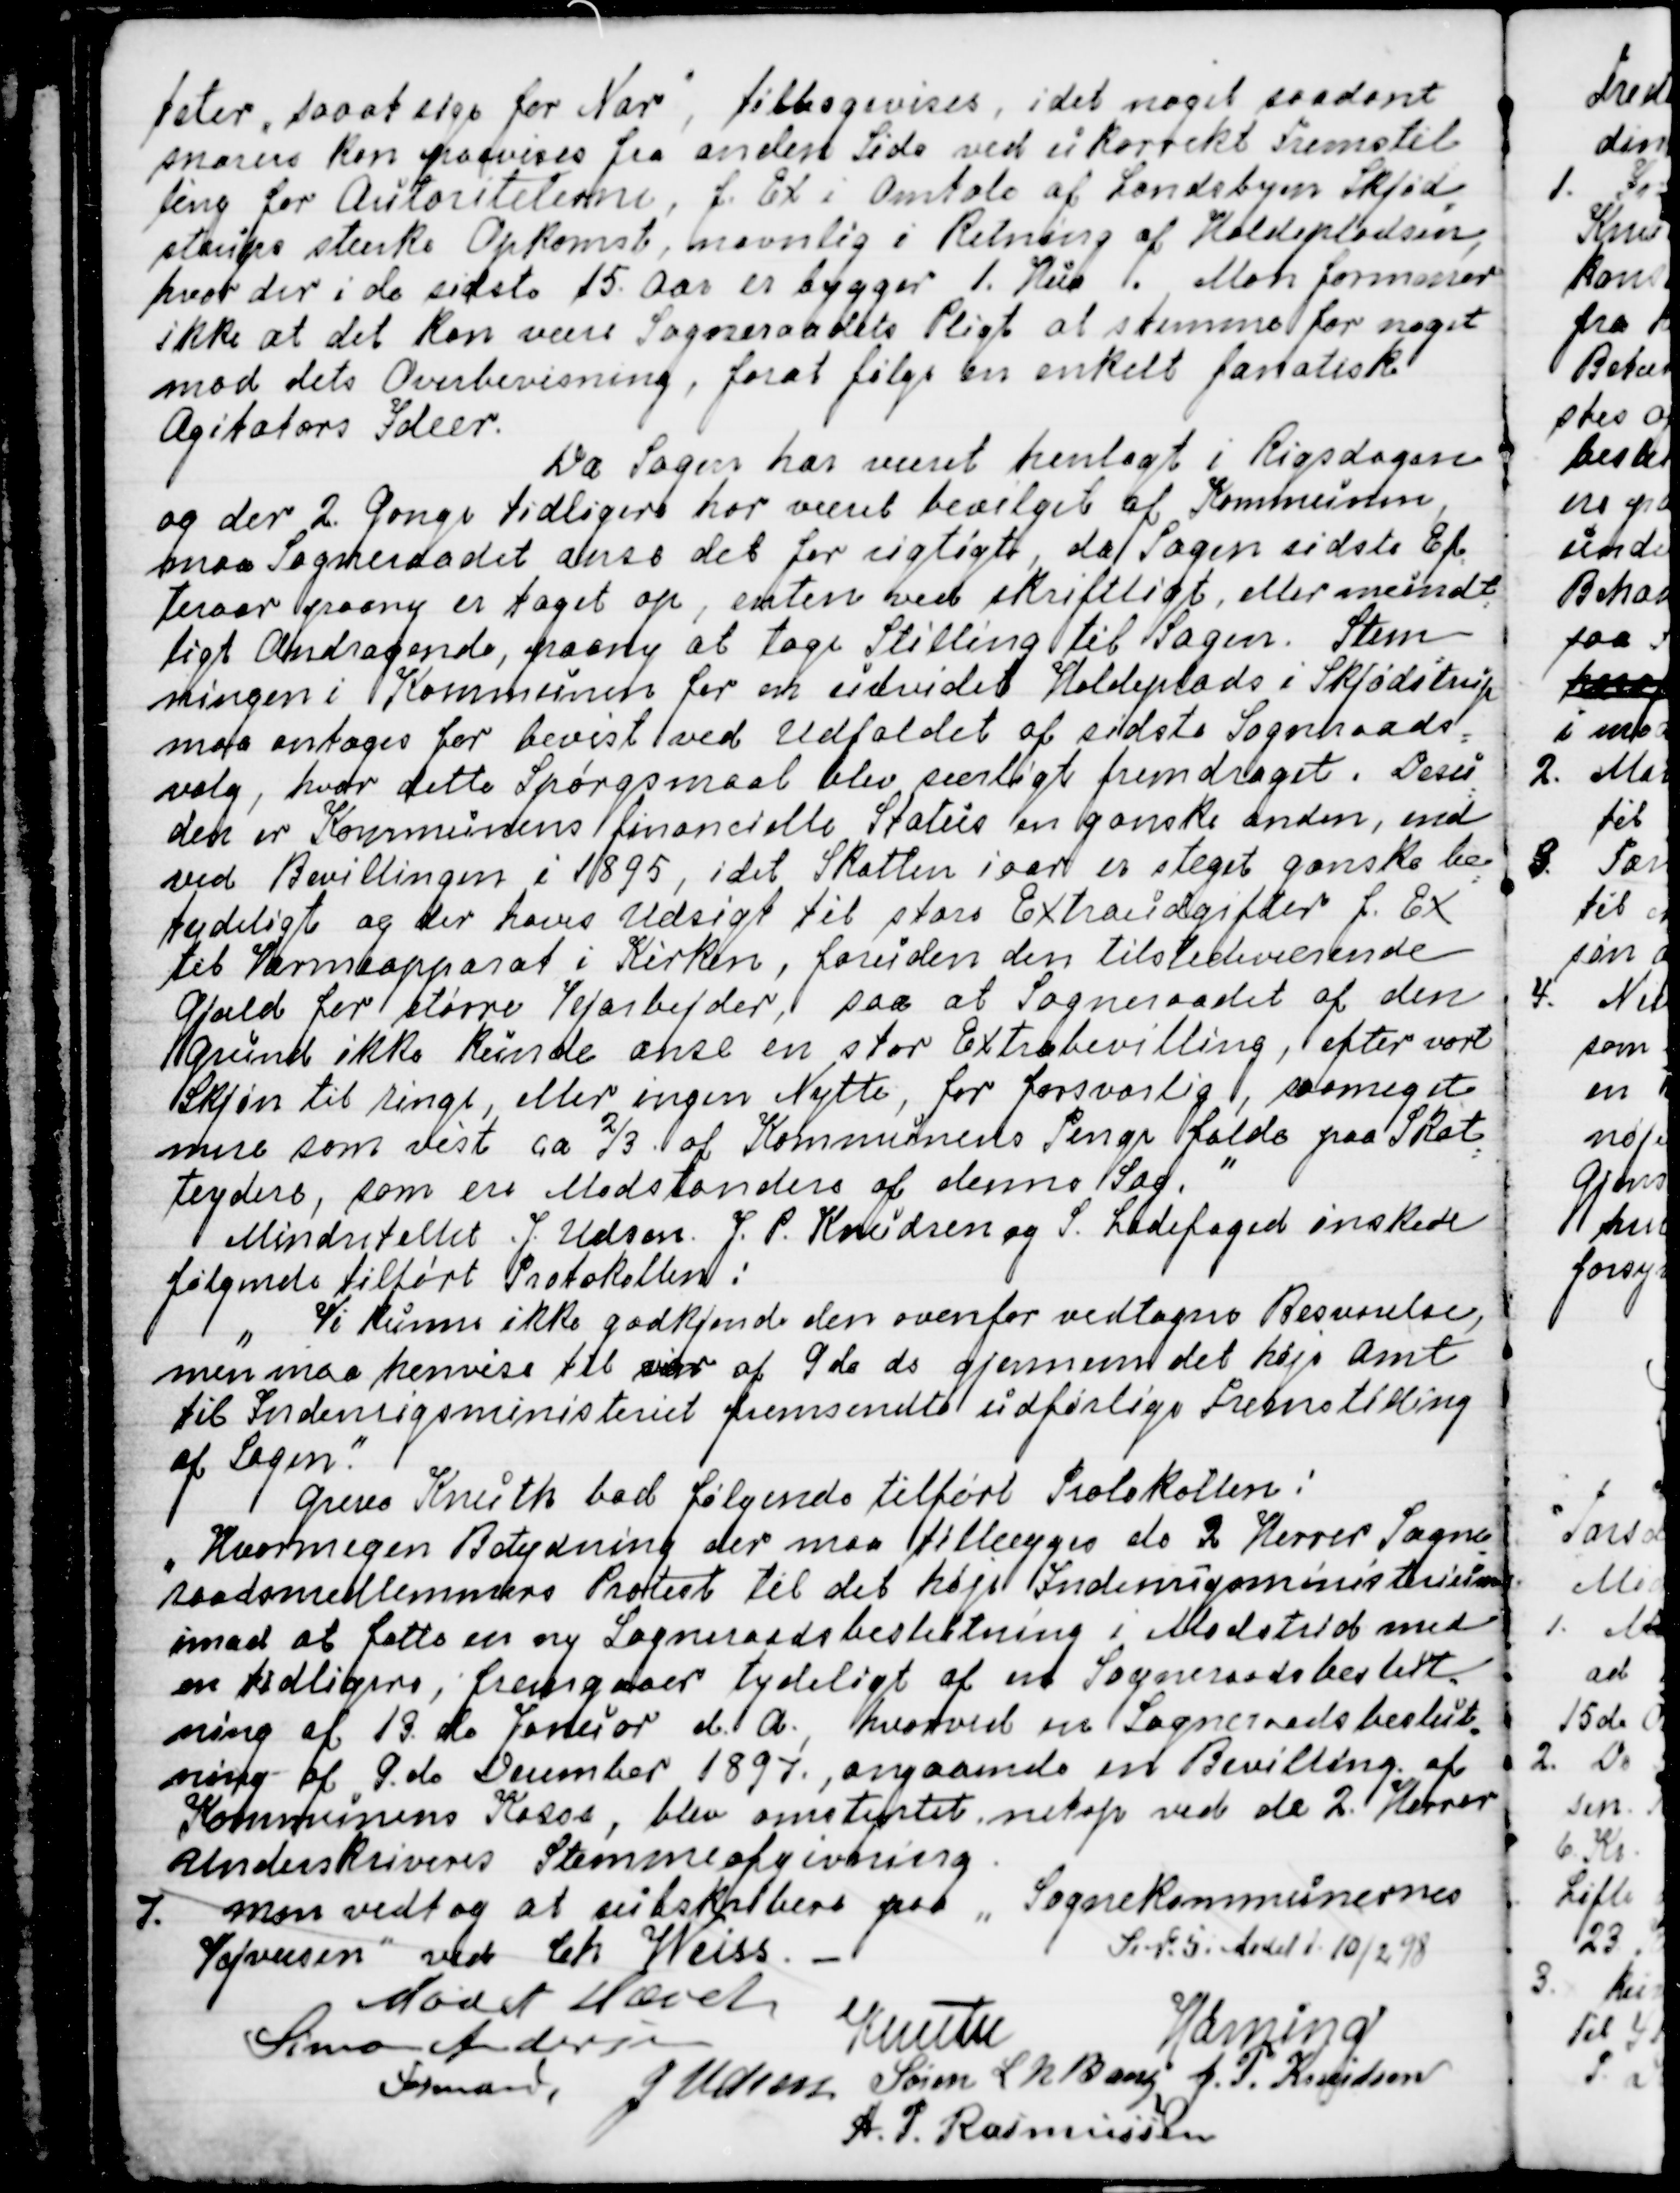
Transskription:
teter, saa at sige for Nar, tilbagevises, idet noget saadant
snarere kan paavises fra anden Side ved ukorrekt Fremstil
=
ling for Autoriteterne, f. Ex i Omtale af Landsbyen Skjød
=
strups stærke Opkomst, navnlig i Retning af Holdepladsen,
hvor der i de sidste 15. Aar er bygget 1. Hus. Man formener
ikke at det kan være Sogneraadets Pligt at stemme for noget
mod dets Overbevisning, forat følge en enkelt fanatisk
Agitators Ideer.
Da Sagen har været henlagt i Rigsdagen
og der 2. Gange tidligere har været Bevilget af Kommunen
maa Sogneraadet anse det for rigtigt, da Sagen sidste Ef
=
teraar paany er taget op, enten ved skriftligt eller mundt
=
ligt Andragende, paany at tage Stilling til Sagen. Stem
=
ningen i Kommunen for en udvidet Holdeplads i Skjødstrup
maa antages for bevist ved Udfaldet af sidste Sogneraads
=
valg, hvor dette Spørgsmaal blev særligt fremdraget. Desu
=
den er Kommunens financielle Status en ganske anden, end
ved Bevillingen i 1895, idet Skatten iaar er steget ganske be
=
tydeligt og der haves Udsigt til store Extraudgifter f. Ex.
til Varmeapparat i Kirken, foruden den tilstedeværende
Gjæld for større Vejarbejder, saa at Sogneraadet af den
Grund ikke kunde anse en stor Extrabevilling, efter vort
Skjøn til ringe, eller ingen Nytte, for forsvarlig, saameget
mere som vist ca ⅔ af Kommunens Penge falde paa Skat
=
teydere, som er Modstandere af denne Sag.
"
Mindretallet J. Udsen J. P. Knudsen og S. Ladefoged ønskede
følgende tilført Protokollen:
"
Vi kunne ikke godkjende den ovenfor vedtagne Besvarelse,
men maa henvise til vor af 9de ds gjennem det høje Amt
til Indenrigsministeriet fremsendte udførlige Fremstilling
af Sagen"
Greve Knuth bad følgende tilført Protokollen:
"Hvormegen Betydning der maa tillægges de 2 Herrer Sogne
=
raadsmedlemmers Protest til det høje Indenrigsministerium
imod at fatte en ny Sogneraadsbeslutning i Modstrid med
en tidligere, fremgaar tydeligt af en Sogneraadsbeslut=
ning af 13. de Januar d. A., hvorved en Sogneraadsbeslut
=
ning af 9 de December 1897, angaaende en Bevilling af
Kommunens Kasse, blev omstyrtet netop ved de 2. Herrer
Underskriveres Stemmeafgivning.
7. Man vedtog at subskribere paa " Sognekommunernes
Vejvæsen" ved Ch Weiss.
Jo №5 i Aaret d. 10/2 98
Mødet Hævet
Simon Andersen
Formand
Knuth
Hørning
J Udsen
Søren L N Bang
J. P. Knudsen
A. P. Rasmussen